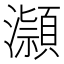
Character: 𪷿